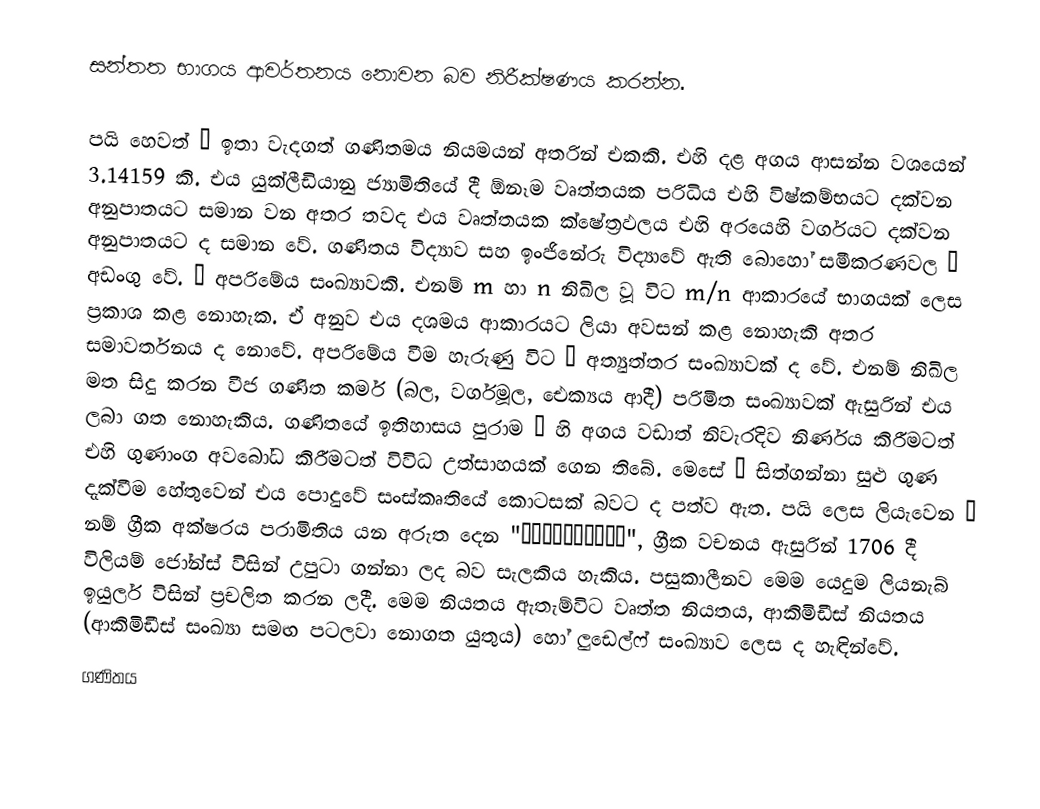
සන්තත භාගය ආවර්තනය නොවන බව නිරීක්ෂණය කරන්න.

පයි හෙවත් π ඉතා වැදගත් ගණිතමය නියමයන් අතරින් එකකි. එහි දළ අගය ආසන්න වශයෙන් 3.14159 කි. එය යුක්ලීඩියානු ජ්‍යාමිතියේ දී ඕනෑම වෘත්තයක පරිධිය එහි විෂ්කම්භයට දක්වන අනුපාතයට සමාන වන අතර තවද එය වෘත්තයක ක්ෂේත්‍රඵලය එහි අරයෙහි වර්ගයට දක්වන අනුපාතයට ද සමාන වේ. ගණිතය විද්‍යාව සහ ඉංජිනේරු විද්‍යාවේ ඇති බොහෝ සමීකරණවල π අඩංගු වේ. π අපරිමේය සංඛ්‍යාවකි. එනම් m හා n නිඛිල වූ විට m/n ආකාරයේ භාගයක් ලෙස ප්‍රකාශ කළ නොහැක. ඒ අනුව එය දශමය ආකාරයට ලියා අවසන් කළ නොහැකි අතර සමාවර්තනය ද නොවේ. අපරිමේය වීම හැරුණු විට π අත්‍යුත්තර සංඛ්‍යාවක් ද වේ. එනම් නිඛිල මත සිදු කරන වීජ ගණිත කර්ම (බල, වර්ගමූල, ඓක්‍යය ආදී) පරිමිත සංඛ්‍යාවක් ඇසුරින් එය ලබා ගත නොහැකිය. ගණිතයේ ඉතිහාසය පුරාම π හි අගය වඩාත් නිවැරදිව නිර්ණය කිරීමටත් එහි ගුණාංග අවබෝධ කිරීමටත් විවිධ උත්සාහයක් ගෙන තිබේ. මෙසේ π සිත්ගන්නා සුළු ගුණ දැක්වීම හේතුවෙන් එය පොදුවේ සංස්කෘතියේ කොටසක් බවට ද පත්ව ඇත. පයි ලෙස ලියැවෙන π නම් ග්‍රීක අක්ෂරය පරාමිතිය යන අරුත දෙන "περίμετρος", ග්‍රීක වචනය ඇසුරින් 1706 දී විලියම් ජෝන්ස් විසින් උපුටා ගන්නා ලද බව සැලකිය හැකිය. පසුකාලීනව මෙම යෙදුම ලියනැබ් ඉයුලර් විසින් ප්‍රචලිත කරන ලදී. මෙම නියතය ඇතැම්විට වෘත්ත නියතය, ආකිමිඩීස් නියතය (ආකිමිඩීස් සංඛ්‍යා සමඟ පටලවා නොගත යුතුය) හෝ ලුඩෙල්ෆ් සංඛ්‍යාව ලෙස ද හැඳින්වේ.
ගණිතය